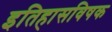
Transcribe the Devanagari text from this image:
इतिहासविषक